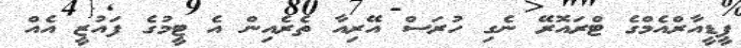
ޕީޑީއާރްއެމްގެ ޓްރައޮރޭ ނެގި ހުރަސް އޭރިއާ ތެރެއިން އެ ޓީމުގެ ފައުޒީ އެއް